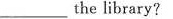
___ the library?